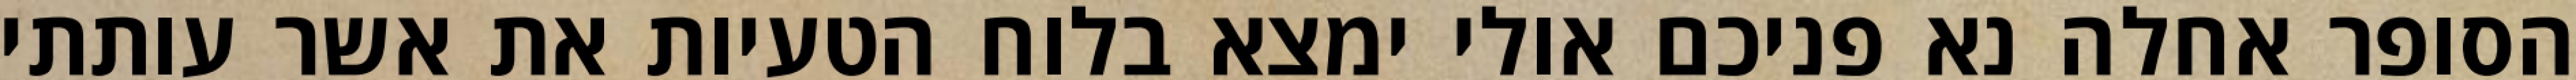
הסופר אחלה נא פניכם אולי ימצא בלוח הטעיות את אשר עותתי